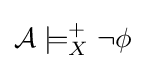
{\mathcal {A}}\models _{X}^{+}\lnot \phi